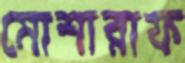
মোশারাফ